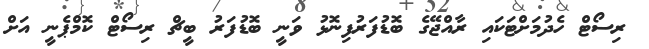
ރިސޯޓް ހެދުމަށްޓަކައި ރާއްޖޭގެ ބޮޑުފަރުފިނޮޅު ވަނީ ބޮޑުފަރު ބީޗް ރިސޯޓް ކޮމްޕެނީ އަށް